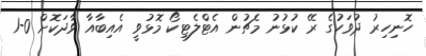
ހޮނިހިރު ދުވަހުގެ ރޭ ކުޅުނު މެޗުން އެޓްލެޓިކޯ މޮޅުވީ އެއިބާއާ ވާދަކޮށް 0-1